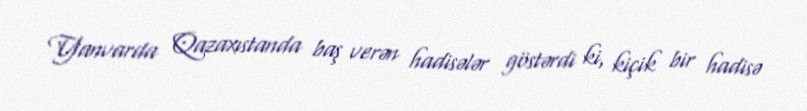
Yanvarda Qazaxıstanda baş verən hadisələr göstərdi ki, kiçik bir hadisə